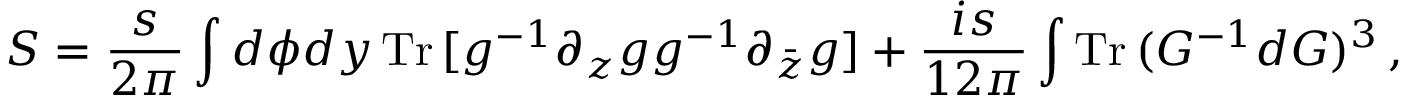
S = \frac { s } { 2 \pi } \int d \phi d y \, { \mathrm { T r } } \, [ g ^ { - 1 } \partial _ { z } g g ^ { - 1 } \partial _ { \bar { z } } g ] + \frac { i s } { 1 2 \pi } \int { \mathrm { T r } } \, ( G ^ { - 1 } d G ) ^ { 3 } \, ,